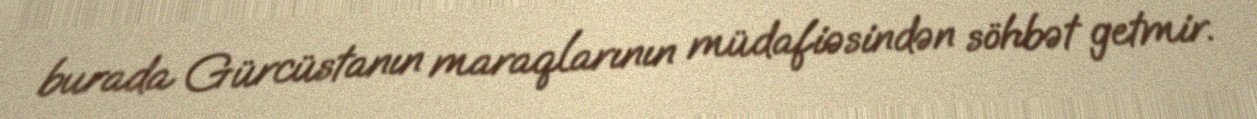
burada Gürcüstanın maraqlarının müdafiəsindən söhbət getmir.